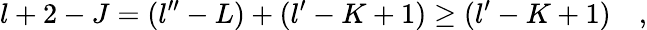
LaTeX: l+2-J=(l^{\prime\prime}-L)+(l^{\prime}-K+1)\geq(l^{\prime}-K+1)\quad,